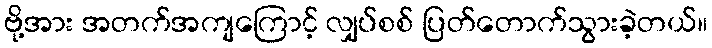
ဗို့အား အတက်အကျကြောင့် လျှပ်စစ် ပြတ်တောက်သွားခဲ့တယ်။